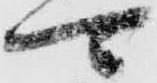
可